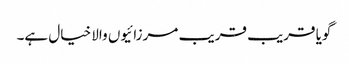
گویا قریب قریب مرزائیوں والا خیال ہے۔